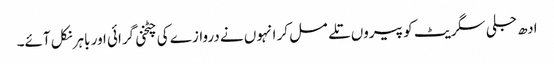
ادھ جلی سگریٹ کو پیروں تلے مسل کر انہوں نے دروازے کی چٹخنی گرائی اور باہر نکل آئے۔